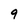
Character: 9